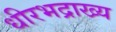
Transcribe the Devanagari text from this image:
धीरभद्राख्य